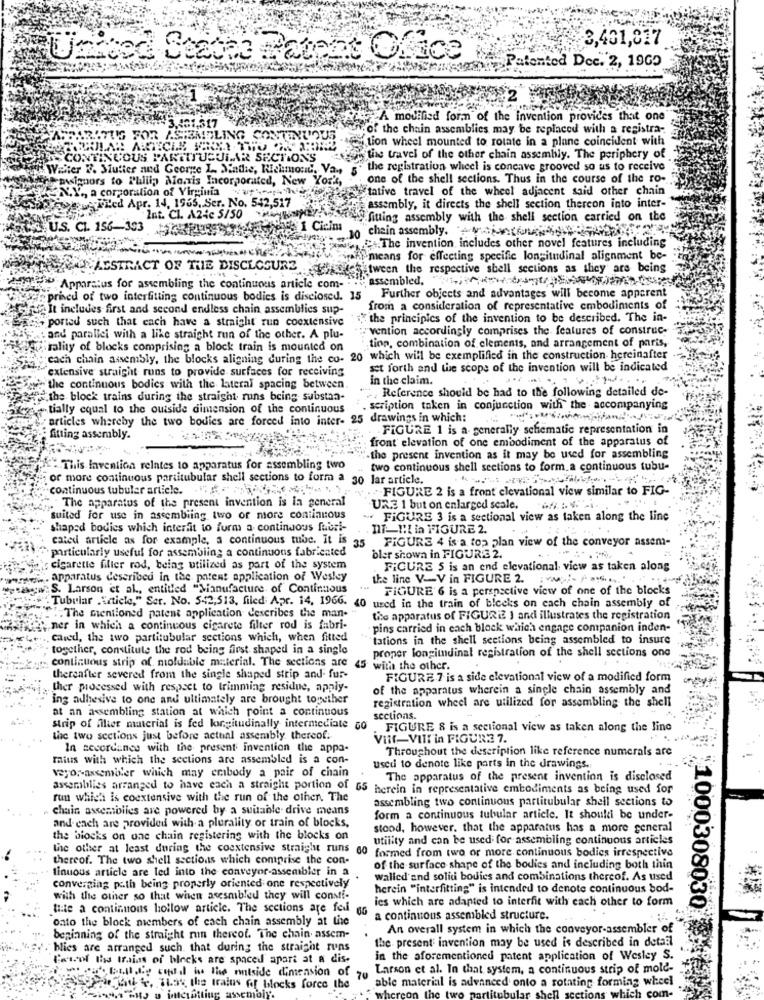
3,401,817
United States Patent Ofice
Patented Dec. 2, 1965
A modified form of the invention provides that one
3.401,317
of the chain assemblies may be replaced with a registra-
US FOR A.SIEMELING CONTINUO
tion wheel mounted to rotate in a plane coincident with
HTCLE FROM THO O
CON
SCOUS PARTITUBULAR SECTIONS
tiwe travel of the other chain assembly. The periphery of
" Walter P. Mutter and George L. Made, Richmond, Va-
the registration wheel is concave grooved so as to receive
ho pusignors to Philip Morris Incorporated, New Yor't,
one of the shell sections. Thus in the course of the ro-
EVEN.Y ., a corporation of Virginia
tative travel of the wheel adjacent said other chain
So wew Filed Apr. 14, 1965. Ser. No. 542,517
assembly, it directs the shell section thereon into inter-
Int. Cl. A24c 5/50
#fitting assembly with the shell section carried on the
,US. CL. 156-303 1431335074
1 Cicima
chain assembly. PointouPORAD8 23
.C.The invention includes other novel features including
means for effecting specific longitudinal alignment be-
ANAESTRACT OF THE DISCLOSURE
tween the respective shell sections as they are being
Apparatus for assembling the continuous article com- assembled."
hed of two interfitting continuous bodies is disclosed. 15
Further objects and advantages will become apparent
It includes first and second endless chain assemblies sup-
from a consideration of representative embodiments of
,ported such that each have a straight run coextensive
the principics of the invention to be described. The in-
:"vention accordingly comprises the features of construc-
and paralici with a like straight run of the other. A plu-
tality of blocks comprising a block train is mounted on
tion, combination of elements, and arrangement of paris,
cach chain assembly, the blocks aligning during the co- 20 which will be exemplified in the construction- hereinafter
extensive straight runs to provide surfaces for receiving
set forth and the scope of the invention will be indicated
in the claim.
the continuous bodies with the lateral spacing between
, Reference should be had to the following detailed de-
2.the block trains during the straight runs being substan-
tially equal to the outside dimension of the continuous
scription taken in conjunction with the accompanying
articles whereby the two bodies are forced into inter- 25 drawings in which :...
FIGURE 1 is a- generally schematic representation in
Sitting assembly.
front elevation of one embodiment of the apparatus of
-the present invention as it may be used for assembling
- This lavention relates to apparatus for assembling two
two continuous shell sections to form a continuous tubu-
or more continuous partitubular shell sections to form a 30 lar article.
continuous tubular article. " , ,
FIGURE 2 is a front elevational view similar to FIG-
"The apparatus of the present invention is la general
UR.E 1 but on enlarged scale.
suited for use in assembling two or more continuous
+ FIGURE 3 is a sectional view as taken along the line
shaped bodies which interfit to form a continuous fuori-
DIT-IL in FIGURE 2.
cated article as for example, a continuous mie. It is
35
FIGURE 4 is a top plan view of the conveyor assem-
· particularly useful for assembling a continuons fabricated
bler shown in FIGURE 2.
cigarette filier rod, being utilized as part of the system
FiCURE 5 is an end elevational view as taken along
meyi. apparatus described in the patent application of Wesley
the line V-V in FIGURE 2.
Ayw: S. Larson et al ., entitled "Manufacture of Continuous
FIGURE 6 is a perspective view of one of the blocks
Tubular .Article," Ser. No. 5-42,513, filed: Apr. 14, 1966.
40 used in the train of blocks on cach chain assembly of
. The mentioned patent application describes the man-
the apparatus of FIGURE 1 and illustrates the registration
ner in which a continuous cigarete filter rod is fabri-
pins carried in each block which engage companion inden-
caled, the two partitubular sections which, when fitted
"tations in the shell sections being assembled to insure
together, constitute the rod being first shaped in a single
proper longitudinal registration of the shell sections one
continuous strip of moldable material. The sections are
45 with the other.
thereafter severed from the single shaped strip and fur-
FIGURE 7 is a side elevational view of a modified form
ther processed with respect to trimming residue, apply-
of the apparatus wherein a single chain assembly and
ing adhesive to one and ultimately are brought together
registration wheel are utilized for assembling the shell
at an assembling station at which point a continuous
sections.
Strip of iller material is fed longitudinally intermediate Go
FIGURE 8 is a sectional view as taken along the line
the two sections just before actual assembly. thereof.
Vil-Vill in FIGURE 7.
In secordance with the present invention the appa-
Throughout the description like reference numerals are
mius with which the sections are assembled is a con-
used to denote like parts in the drawings.
vego, assembler which may erabody a pair of chain
The apparatus of the present invention is disclosed
assemblies arranged to have each a straight portion of 65 herein in representative embodiments as being used for
run which is coextensive with the run of the other. The
assembling two continuous partitubular shell sections to
chain assemblies are powered by a suitable drive means
form a continuous tubular article. It shouldi be under-
and each are provided with a plurality or train of blocks,
stood, however, that the apparatus has a more general
the blocks on one chain registering with the blocks on
utility and can be used for assembling continuous articles
the other at least during the coextensive straight runs do
formed from two or more continuous bodies irrespective
thereof. The two shell sections which comprise the con-
tinuous article are led into the conveyor-assembler in a
of the surface shape of the bodies and including both thin
converging pc.th being properly oriented one respectively
walled and solid bodies and combinations thereof. As used
herein "interfitting" is intended to denote continuous bod-
with the other so that when aresmibled they will constf-
ies which are adapted to interhit with each other to form
tite a continuous hollow article. The sections are feil
1000308030
onto the block members of cach chain assembly at the
a continuous assembled structure.
An overall system in which the conveyor-assembler of
beginning of the straight mun thereof. The chain assem-
the present invention may be used is described in detail
fr. blies are arranged such that during the straight runs
Caroof this trains of blocks are spaced apart at a dis.
in the aforementioned patent application of Wesley S.
Larson et al. In that system, a continuous strip of mole-
&Bull .Ly cuiil was the outside dimension of 70
able material is advanced onto a rotating forming wheel
auf, Jak the trains fof blocks force the
nemo
the t